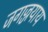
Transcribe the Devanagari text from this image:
जगज्जयाय